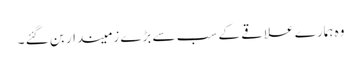
وہ ہمارے علاقے کے سب سے بڑے زمیندار بن گئے ۔